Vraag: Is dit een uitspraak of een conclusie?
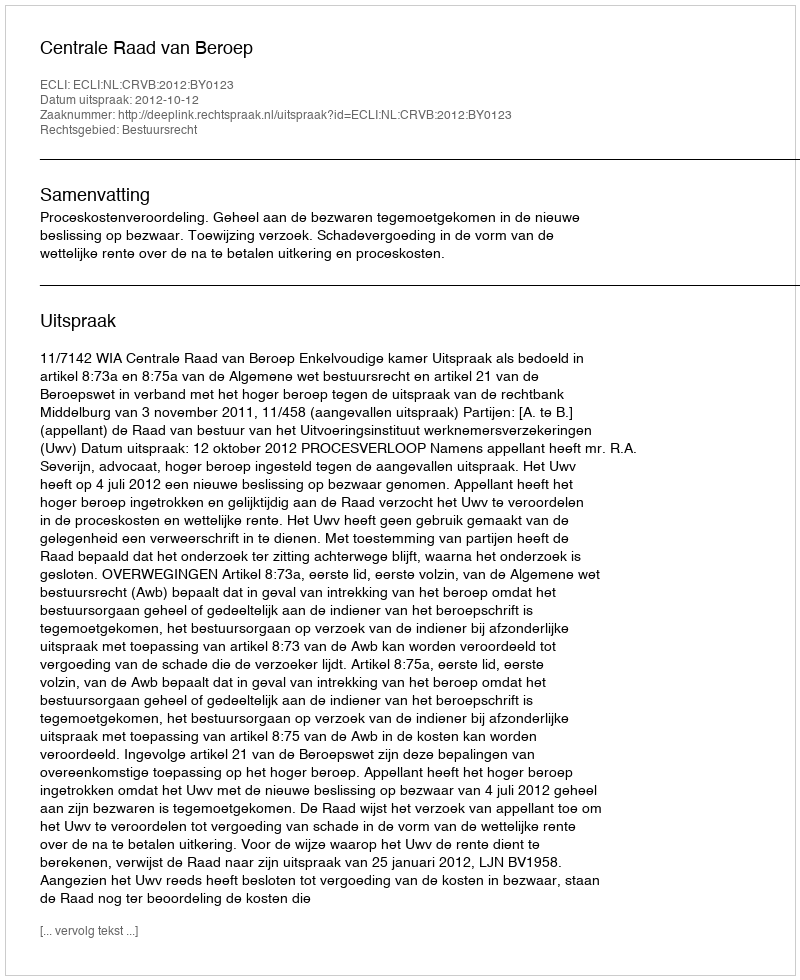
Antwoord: Uitspraak